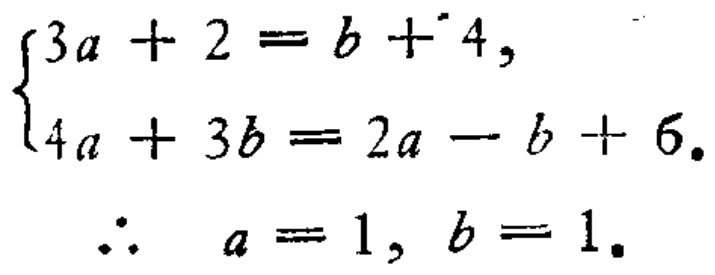
\[\begin{cases}3a + 2 = b + 4,\\4a + 3b = 2a - b + 6.\end{cases}\]

\(\therefore a = 1, b = 1.\)